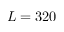
L = 3 2 0